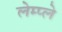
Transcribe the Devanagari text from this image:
लेम्प्ले